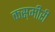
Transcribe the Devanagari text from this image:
कस़मीरी